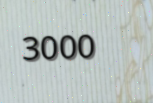
3000